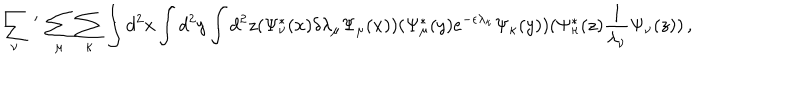
\sum _ { \nu } \, ^ { \prime } \, \sum _ { \mu } \sum _ { \kappa } \int d ^ { 2 } x \int d ^ { 2 } y \int d ^ { 2 } z ( \Psi _ { \nu } ^ { * } ( x ) \delta \lambda _ { \mu } \Psi _ { \mu } ( x ) ) ( \Psi _ { \mu } ^ { * } ( y ) e ^ { - \epsilon \lambda _ { \kappa } } \Psi _ { \kappa } ( y ) ) ( \Psi _ { \kappa } ^ { * } ( z ) { \frac { 1 } { \lambda _ { \nu } } } \Psi _ { \nu } ( z ) ) \, ,